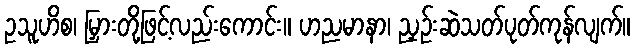
ဥသူဟိစ၊ မြှားတို့ဖြင့်လည်းကောင်း။ ဟညမာနာ၊ ညှဉ်းဆဲသတ်ပုတ်ကုန်လျက်။